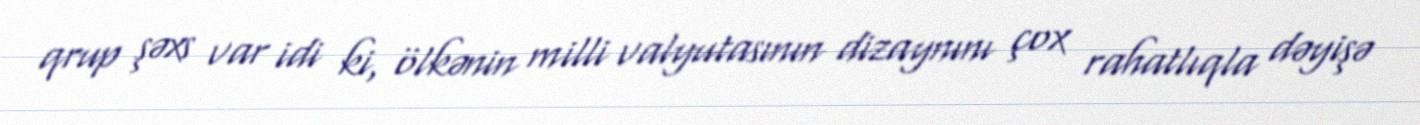
qrup şəxs var idi ki, ölkənin milli valyutasının dizaynını çox rahatlıqla dəyişə